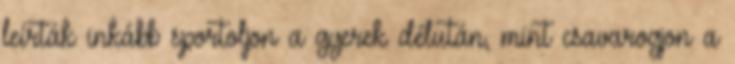
leírták inkább sportoljon a gyerek délután, mint csavarogjon a